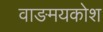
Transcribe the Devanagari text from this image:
वाङमयकोश